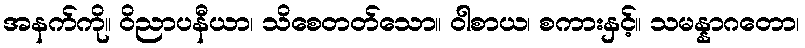
အနက်ကို။ ဝိညာပနီယာ၊ သိစေတတ်သော။ ဝါစာယ၊ စကားနှင့်။ သမန္နာဂတော၊